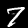
Digit: 7